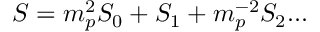
S = m _ { p } ^ { 2 } S _ { 0 } + S _ { 1 } + m _ { p } ^ { - 2 } S _ { 2 } . . .